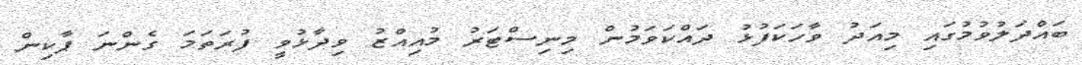
ބައްދަލުވުމުގައި މިއަދު ވާހަކަފުޅު ދައްކަވަމުން މިނިސްޓަރު މުއިއްޒު ވިދާޅުވީ ފުރަތަމަ ގެންނަ ޕާކިން